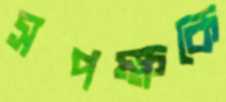
সপক্ষকে